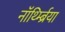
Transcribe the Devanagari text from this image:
नॉर्थ्म्ब्रिया